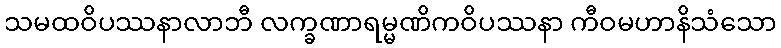
သမထဝိပဿနာလာဘီ လက္ခဏာရမ္မဏိကဝိပဿနာ ကီဝမဟာနိသံသော